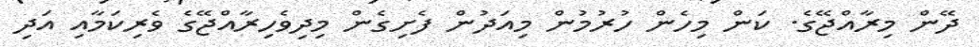
ދޭން މިރާއްޖޭގެ. ކަން މިހެން ހުރުމުން މިއަދުން ފެށިގެން މިދިވެހިރާއްޖޭގެ ވެރިކަމާއި އަދި